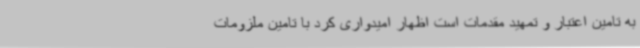
به تامین اعتبار و تمهید مقدمات است اظهار امیدواری کرد با تامین ملزومات